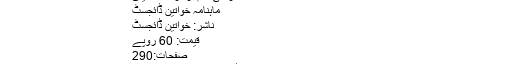
سفر کی شام از فرحت اشتیاق
ماہنامہ خواتین ڈائجسٹ
ناشر: خواتین ڈائجسٹ
قیمت: 60 روپے
صفحات:290
اردو زبان میں چھپنے والے ماہنامہ ڈائجسٹوں کی کمی نہیں ہے۔